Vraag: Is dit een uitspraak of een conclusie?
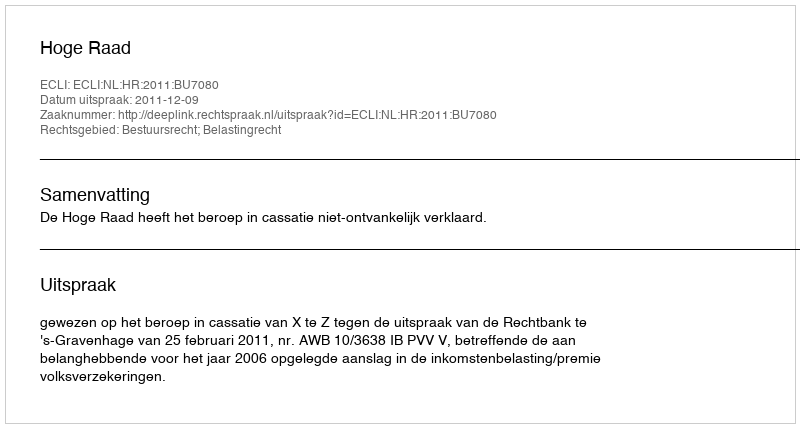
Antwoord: Uitspraak